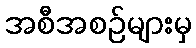
အစီအစဉ်များမှ